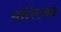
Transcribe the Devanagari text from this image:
नोस्टिका